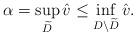
LaTeX: \begin{align*}\alpha=\sup_{\widetilde{D}} \hat{v}\leq \inf_{D\setminus \widetilde{D}} \hat{v}.\end{align*}